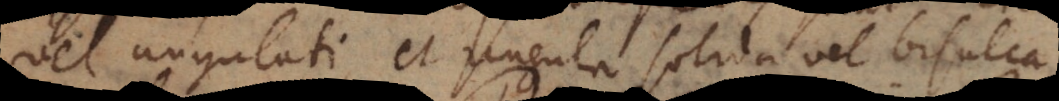
vel ungulati, et ungula solida vel bisulca.